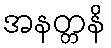
အနတ္တနိ